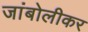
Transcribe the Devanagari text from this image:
जांबोलीकर